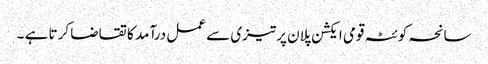
سانحہ کوئٹہ قومی ایکشن پلان پرتیزی سے عمل درآمد کا تقاضا کرتا ہے ۔